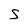
Character: S